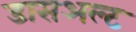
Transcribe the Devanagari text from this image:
डासअल्ट